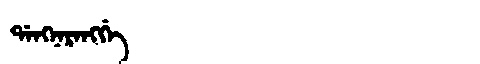
Manchu: ᡩᠠᠩᠨᠠᡵᠠᠩᡤᡝ
Romanization: DANGNARANGGE